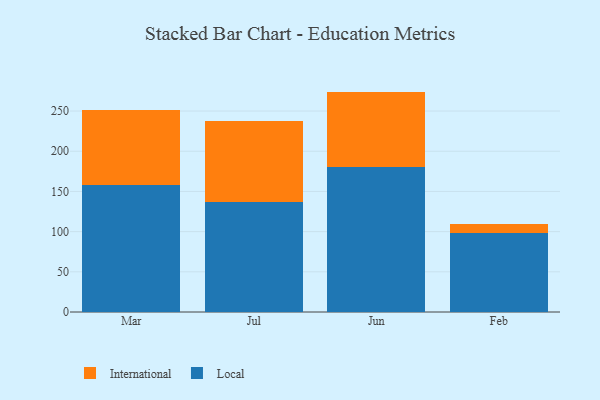
{"axis": {"x": "Month", "y": "Churn Rate (%)"}, "legend": ["International", "Local"], "data": [{"x": "Mar", "y": 158.6, "type": "Local"}, {"x": "Mar", "y": 93.0, "type": "International"}, {"x": "Jul", "y": 137.2, "type": "Local"}, {"x": "Jul", "y": 100.1, "type": "International"}, {"x": "Jun", "y": 180.0, "type": "Local"}, {"x": "Jun", "y": 94.2, "type": "International"}, {"x": "Feb", "y": 98.0, "type": "Local"}, {"x": "Feb", "y": 11.6, "type": "International"}]}